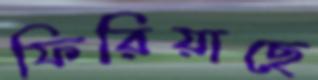
ফিরিয়াছে